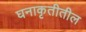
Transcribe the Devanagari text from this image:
घनाकृतीतील